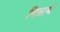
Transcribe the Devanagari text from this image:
भिन्नार्थ